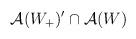
LaTeX: \begin{align*}\mathcal{A}(W_{+})^{\prime }\cap \mathcal{A}(W)\end{align*}